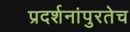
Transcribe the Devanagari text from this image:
प्रदर्शनांपुरतेच